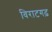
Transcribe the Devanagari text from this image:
विराटगढ़